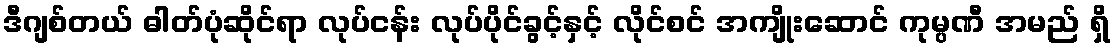
ဒီဂျစ်တယ် ဓါတ်ပုံဆိုင်ရာ လုပ်ငန်း လုပ်ပိုင်ခွင့်နှင့် လိုင်စင် အကျိုးဆောင် ကုမ္ပဏီ အမည် ရှိ